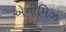
એનીમિઝ